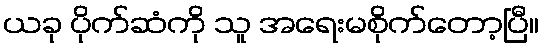
ယခု ပိုက်ဆံကို သူ အရေးမစိုက်တော့ပြီ။